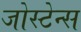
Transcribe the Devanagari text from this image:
जोस्टेन्स